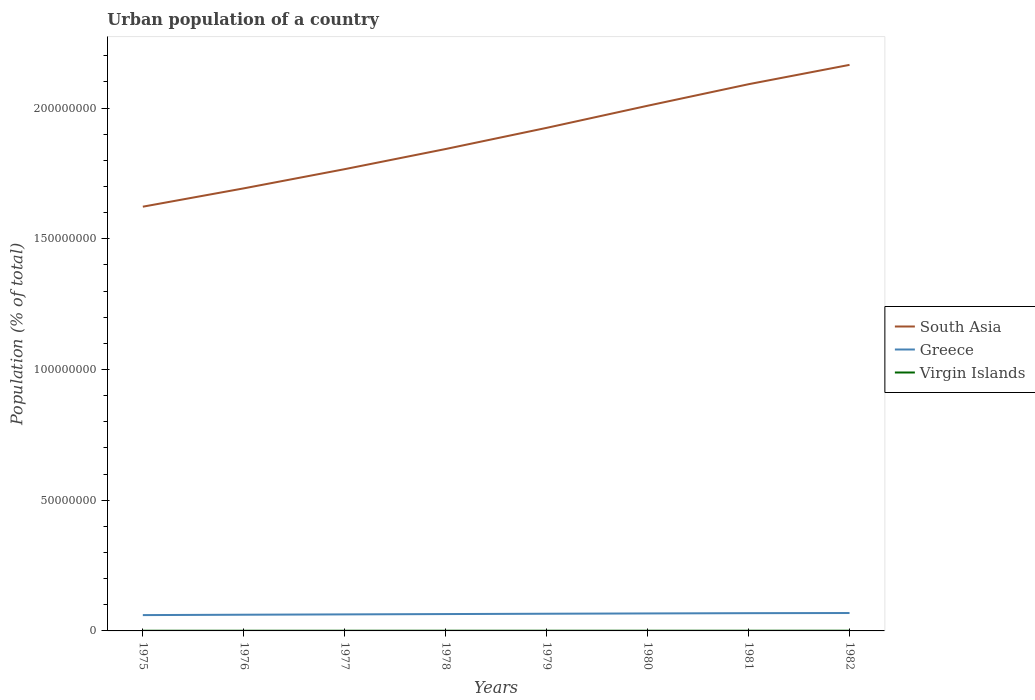
| Years | South Asia | Greece | Virgin Islands |
 | --- | --- | --- | --- |
 | 1975 | 1.62e+08 | 6.06e+06 | 7.07e+04 |
 | 1976 | 1.69e+08 | 6.2e+06 | 7.32e+04 |
 | 1977 | 1.77e+08 | 6.32e+06 | 7.19e+04 |
 | 1978 | 1.84e+08 | 6.45e+06 | 7.51e+04 |
 | 1979 | 1.92e+08 | 6.58e+06 | 7.61e+04 |
 | 1980 | 2.01e+08 | 6.69e+06 | 7.77e+04 |
 | 1981 | 2.09e+08 | 6.79e+06 | 7.94e+04 |
 | 1982 | 2.16e+08 | 6.85e+06 | 8.35e+04 |